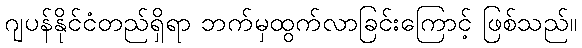
ဂျပန်နိုင်ငံတည်ရှိရာ ဘက်မှထွက်လာခြင်းကြောင့် ဖြစ်သည်။